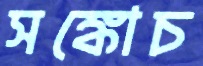
সঙ্কোচ